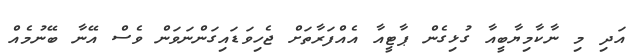
އަދި މި ނާކާމިޔާބީއާ ގުޅިގެން ޕާޓީއާ އެއްފަރާތަށް ޖެހިވަޑައިގަންނަވަން ވެސް އޭނާ ބޭނުމެއް